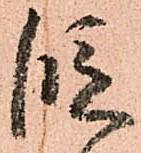
段